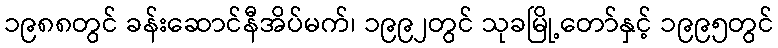
၁၉၈၈တွင် ခန်းဆောင်နီအိပ်မက်၊ ၁၉၉၂တွင် သုခမြို့တော်နှင့် ၁၉၉၅တွင်